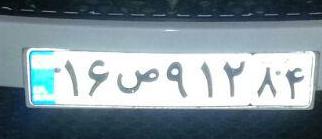
۱۶ص۹۱۲۸۴